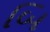
બિ